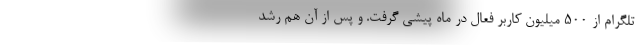
تلگرام از 500 میلیون کاربر فعال در ماه پیشی گرفت. و پس از آن هم رشد